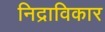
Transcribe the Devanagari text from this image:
निद्राविकार